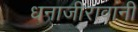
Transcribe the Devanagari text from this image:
धनाजीरावांनी